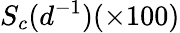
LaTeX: S_{c}(d^{-1})(\times 100)